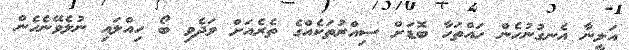
އަލީނާ އެނގުނުހެން ހައްތަހާ ބޮޑަށް ސިއްރުތަކެއްގެ ތެރެއަށް ވަދެވި ބޯ ހިއްލައި ނުލެވޭނެހެން